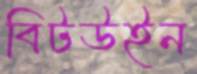
বিটউইন